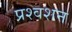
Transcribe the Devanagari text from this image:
प्रश्वशन